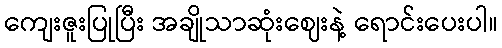
ကျေးဇူးပြုပြီး အချိုသာဆုံးဈေးနဲ့ ရောင်းပေးပါ။